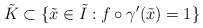
\begin{align*}\tilde{K}\subset \{\tilde{x}\in \tilde{I}: f\circ \gamma'(\tilde{x})=1\}\end{align*}